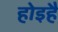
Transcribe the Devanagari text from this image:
होइहै